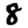
Digit: 8